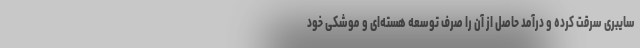
سایبری سرقت کرده و درآمد حاصل از آن را صرف توسعه هسته‌ای و موشکی خود